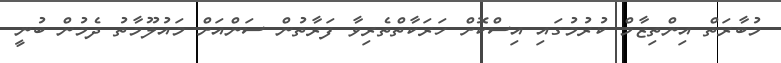
މުބާރަތް އިންތިޒާމް ކުރުމުގައި އިސްކޮށް ހަރަކާތްތެރިވާ ފަރާތުން ސަންއަށް މައުލޫމާތު ދެމުން ބުނީ